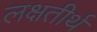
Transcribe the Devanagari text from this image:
लक्षतीर्थ